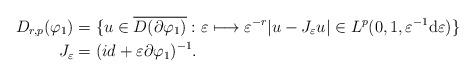
LaTeX: \begin{align*}D_{r,p}(\varphi_{1}) & =\{u\in\overline{D(\partial\varphi_{1})}:\varepsilon\longmapsto\varepsilon^{-r}|u-J_{\varepsilon}u|\in L^{p}(0,1,\varepsilon^{-1}\mathrm{d}\varepsilon)\}\\J_{\varepsilon} & =(id+\varepsilon\partial\varphi_{1})^{-1}.\end{align*}